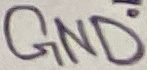
Text: GND